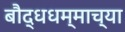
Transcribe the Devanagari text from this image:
बौद्धधम्माच्या